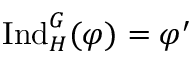
{ \mathrm { I n d } } _ { H } ^ { G } ( \varphi ) = \varphi ^ { \prime }